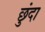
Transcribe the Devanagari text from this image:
छुंदा